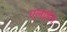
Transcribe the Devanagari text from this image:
एलाडेन